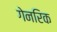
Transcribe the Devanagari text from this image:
गेनरिक